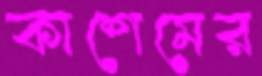
কাশেমের